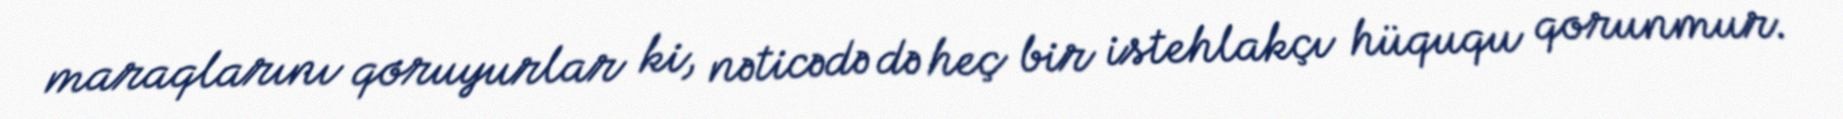
maraqlarını qoruyurlar ki, nəticədə də heç bir istehlakçı hüququ qorunmur.